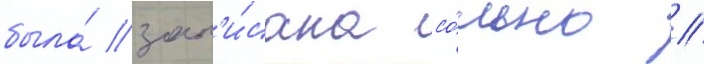
была́ зап'и́сана со́льно /